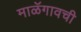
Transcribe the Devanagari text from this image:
माळॅगावची